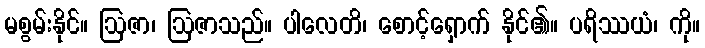
မစွမ်းနိုင်။ ဩဇာ၊ ဩဇာသည်။ ပါလေတိ၊ စောင့်ရှောက် နိုင်၏။ ပရိဿယံ၊ ကို။